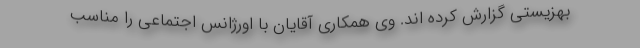
بهزیستی گزارش کرده اند. وی همکاری آقایان با اورژانس اجتماعی را مناسب